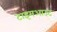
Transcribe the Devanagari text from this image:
टाइमआउट